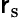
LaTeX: \mathsf{r}_{\mathrm{{s}}}